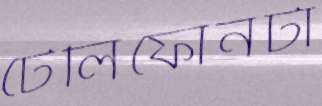
টেলিফোনটা